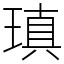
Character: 瑱